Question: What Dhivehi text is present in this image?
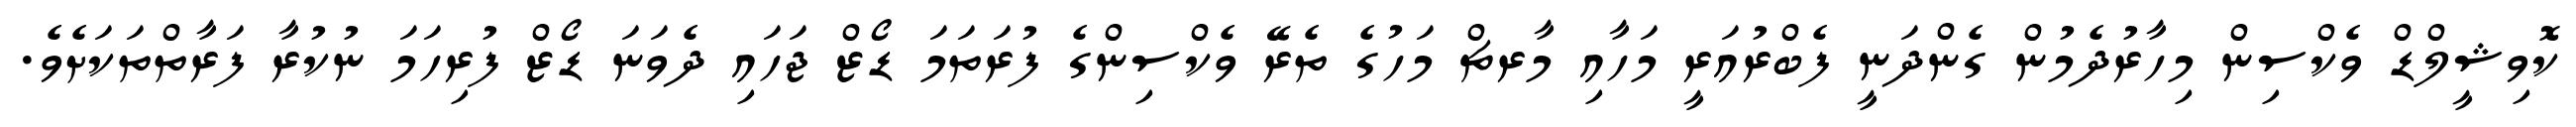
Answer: ކޮވިޝީލްޑް ވެކްސިން މިހާރުދެމުން ގެންދަނީ ފެބްރުއަރީ މަހާއި މާރޗް މަހުގެ ތެރޭ ވެކްސިންގެ ފުރަތަމަ ޑޯޒް ޖަހައި ދެވަނަ ޑޯޒް ފުރިހަމަ ނުކުރާ ފަރާތްތަކަށެވެ.